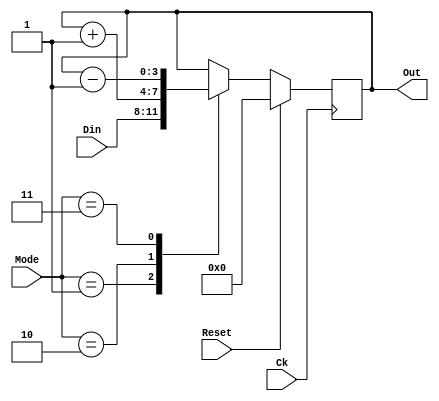
`timescale 1ns/1ns

module Counter4 (Reset, Ck, Mode, Din, Out);
input Reset, Ck;
input [1:0] Mode;
input [3:0] Din;
output [3:0] Out;
wire [3:0] Out;

parameter LOAD = 2'b01, C_UP = 2'b10, C_DOWN = 2'b11;

reg [3:0] Register;

always @ (posedge Ck) begin
	if (Reset)
		Register <= 4'b0;
	else
		case (Mode)
		LOAD: Register <= Din;
		C_UP: Register <= Register +1;
		C_DOWN: Register <= Register -1;
		default: Register <= Register;
		endcase
end

assign Out = Register;

endmodule